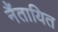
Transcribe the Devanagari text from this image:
नैंतायित